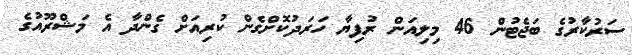
ސަރުކާރުގެ ބަޖެޓުން 46 މިލިއަން ރުފިޔާ ހަރަދުކޮށްގެން ކުރިއަށް ގެންދާ އެ މަޝްރޫއުގެ